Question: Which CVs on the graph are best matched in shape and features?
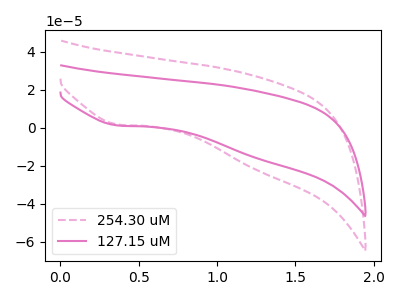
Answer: <think>The pink dashed curve "254.30 uM" has a cathodic peak at: (0.35V, 1.80uA). The pink curve "127.15 uM" has a cathodic peak at: (0.35V, 1.30uA).
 All the peaks in "254.30 uM" have a peak in "127.15 uM" at the same potential. Every peak in "254.30 uM" is lower than every peak in "127.15 uM".</think>
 <answer>"127.15 uM" and "254.30 uM" have the same shape and are likely CV's of the same chemical.</answer>
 <eval>"127.15 uM" "254.30 uM"</eval>